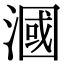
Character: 漍